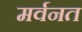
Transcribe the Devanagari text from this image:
मर्वनत